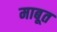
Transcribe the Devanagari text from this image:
माबूत